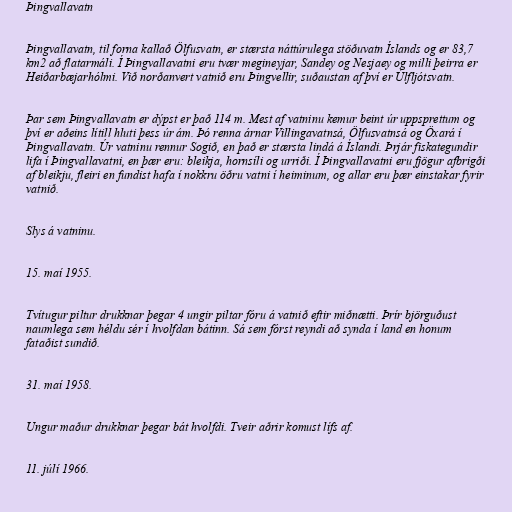
Þingvallavatn

Þingvallavatn, til forna kallað Ölfusvatn, er stærsta náttúrulega stöðuvatn Íslands og er 83,7
km2 að flatarmáli. Í Þingvallavatni eru tvær megineyjar, Sandey og Nesjaey og milli þeirra er
Heiðarbæjarhólmi. Við norðanvert vatnið eru Þingvellir, suðaustan af því er Úlfljótsvatn.

Þar sem Þingvallavatn er dýpst er það 114 m. Mest af vatninu kemur beint úr uppsprettum og
því er aðeins lítill hluti þess úr ám. Þó renna árnar Villingavatnsá, Ölfusvatnsá og Öxará í
Þingvallavatn. Úr vatninu rennur Sogið, en það er stærsta lindá á Íslandi. Þrjár fiskategundir
lifa í Þingvallavatni, en þær eru: bleikja, hornsíli og urriði. Í Þingvallavatni eru fjögur afbrigði
af bleikju, fleiri en fundist hafa í nokkru öðru vatni í heiminum, og allar eru þær einstakar fyrir
vatnið.

Slys á vatninu.

15. maí 1955.

Tvítugur piltur drukknar þegar 4 ungir piltar fóru á vatnið eftir miðnætti. Þrír björguðust
naumlega sem héldu sér í hvolfdan bátinn. Sá sem fórst reyndi að synda í land en honum
fataðist sundið.

31. maí 1958.

Ungur maður drukknar þegar bát hvolfdi. Tveir aðrir komust lífs af.

11. júlí 1966.